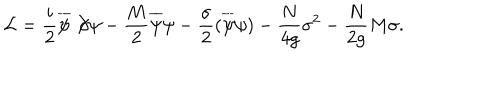
LaTeX: { \cal L } = \frac { i } 2 \overline { { \psi } } \not \! \partial \psi - \frac { M } 2 \overline { { \psi } } \psi - \frac { \sigma } 2 ( \overline { { \psi } } \psi ) - \frac { N } { 4 g } \sigma ^ { 2 } - \frac { N } { 2 g } M \sigma .